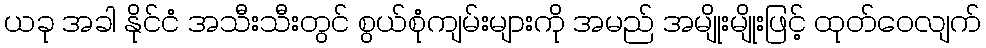
ယခု အခါ နိုင်ငံ အသီးသီးတွင် စွယ်စုံကျမ်းများကို အမည် အမျိုးမျိုးဖြင့် ထုတ်ဝေလျက်